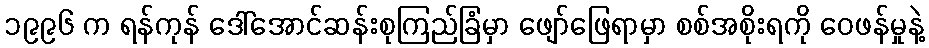
၁၉၉၆ က ရန်ကုန် ဒေါ်အောင်ဆန်းစုကြည်ခြံမှာ ဖျော်ဖြေရာမှာ စစ်အစိုးရကို ဝေဖန်မှုနဲ့